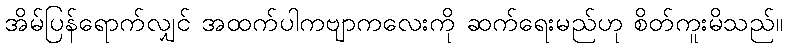
အိမ်ပြန်ရောက်လျှင် အထက်ပါကဗျာကလေးကို ဆက်ရေးမည်ဟု စိတ်ကူးမိသည်။